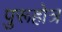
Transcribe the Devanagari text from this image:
पुरूहोत्र